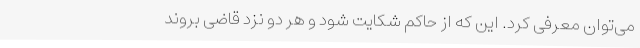
می‌توان معرفی کرد. این که از حاکم شکایت شود و هر دو نزد قاضی بروند